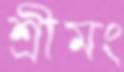
শ্রীমং